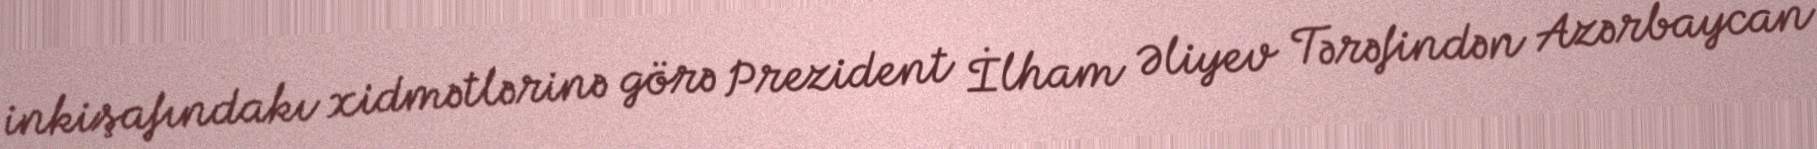
inkişafındakı xidmətlərinə görə Prezident İlham Əliyev Tərəfindən Azərbaycan